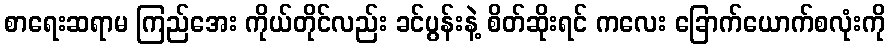
စာရေးဆရာမ ကြည်အေး ကိုယ်တိုင်လည်း ခင်ပွန်းနဲ့ စိတ်ဆိုးရင် ကလေး ခြောက်ယောက်စလုံးကို